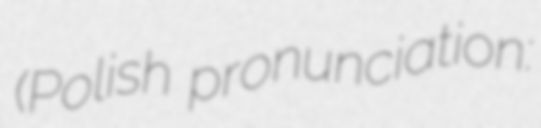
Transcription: (Polish pronunciation: